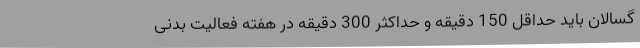
گسالان باید حداقل 150 دقیقه و حداکثر 300 دقیقه در هفته فعالیت بدنی